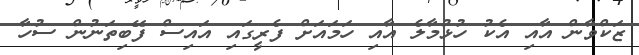
ޒަކްވާން އާއި އެކު ހުޅުމާލެ އާއި ހަމައަށް ފެރީގައި އައިސް ފޭބިތަނުން ސުހާ